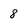
Character: 8